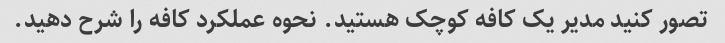
تصور کنید مدیر یک کافه کوچک هستید. نحوه عملکرد کافه را شرح دهید.